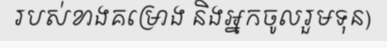
របស់ខាងគម្រោង និងអ្នកចូលរួមទុន)